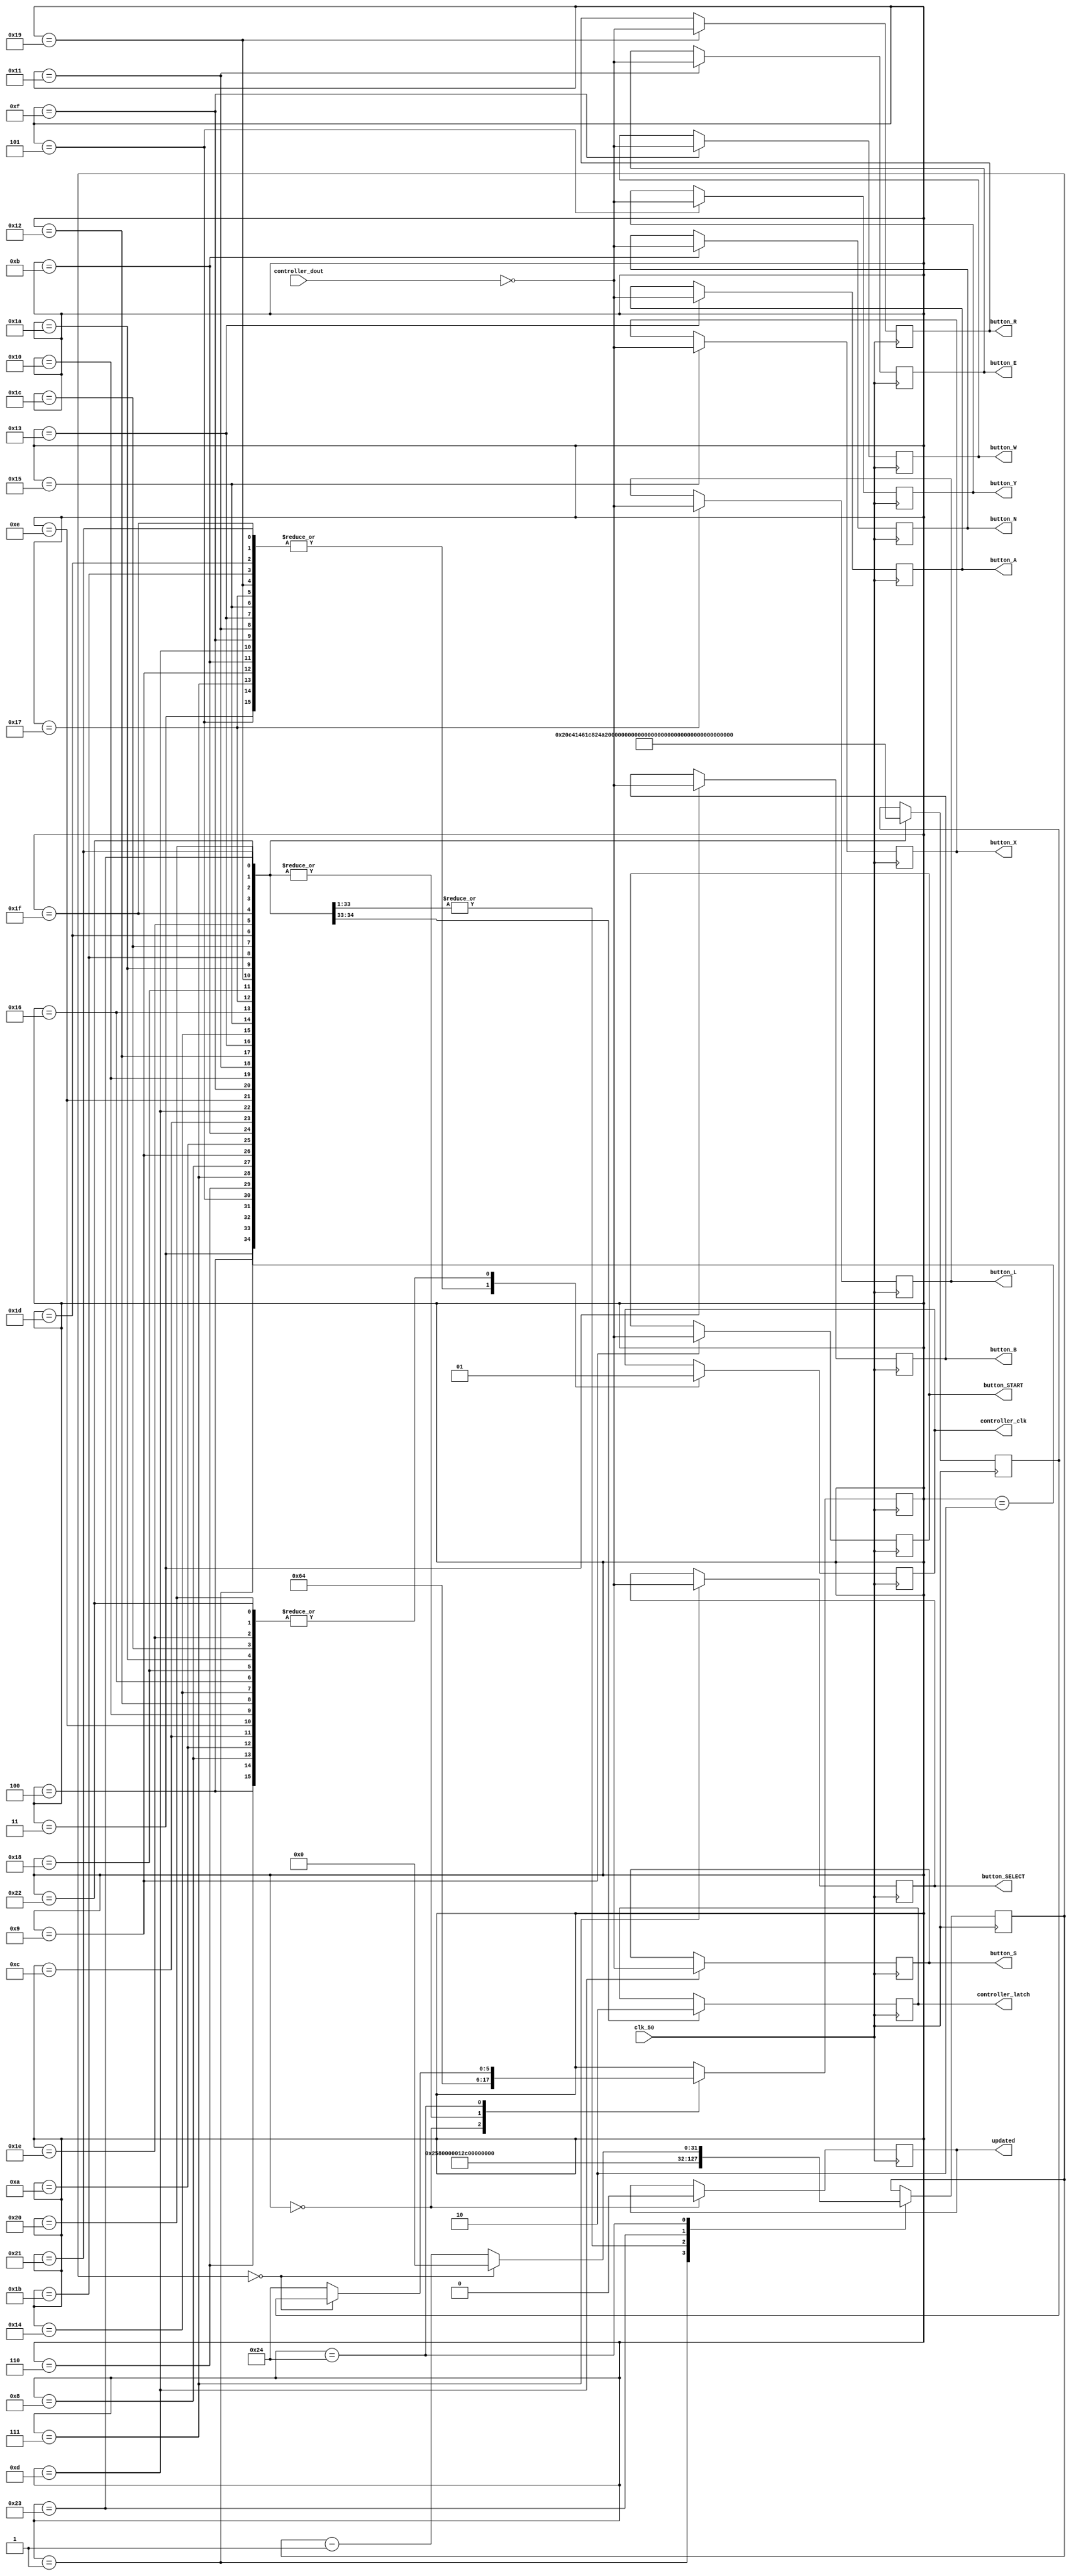
`timescale 1ns / 1ps
//////////////////////////////////////////////////////////////////////////////////
// Company: 
// Engineer: 
// 
// Design Name: 
// Module Name:    nes_interface 
// Project Name: 
// Target Devices: 
// Tool versions: 
// Description: 
//
// Dependencies: 
//
// Revision: 
// Revision 0.01 - File Created
// Additional Comments: 
//
//////////////////////////////////////////////////////////////////////////////////
module nes_interface(
	input wire clk_50, 
	input wire controller_dout,
	output reg controller_clk,
	output reg controller_latch,
	output reg updated,
	output reg button_A,
	output reg button_B,
	output reg button_X,
	output reg button_Y,
	output reg button_L,
	output reg button_R,
	output reg button_N,
	output reg button_E,
	output reg button_S,
	output reg button_W,
	output reg button_START,
	output reg button_SELECT
    );
	 
	 
	 parameter timer_state = 36; 
	 parameter clk_period = 300;
	 parameter update_delay = 30000;
	 reg [31:0] counter = 0;
	 reg [5:0] FSM_state_return = 0;
	 reg [5:0] FSM_state = 0;
	 
	 
	 //sample data on falling clock edge
	 always@(posedge clk_50)
	 begin
	 case(FSM_state) 
	 
	 0: begin //start state
	 FSM_state <= 1;
	 updated <= 0;
	 end
	 
	 1: begin //set latch and set timer
	 FSM_state <= timer_state;
	 FSM_state_return <= 2;
	 controller_latch <= 1;
	 counter <= 2*clk_period; //12us
	 end
	 
	 
	 2: begin //latch goes low
	 FSM_state <= timer_state;
	 FSM_state_return <= 3;
	 controller_latch <= 0;
	 counter <= clk_period; 
	 end
	 
	 3: begin //latch B and clk go low
	 FSM_state <= timer_state;
	 FSM_state_return <= 4; 
	 controller_clk <= 0;
	 button_B <= ~controller_dout;
	 counter <= clk_period;
	 end
	 
	 4: begin //clock go high
	 FSM_state <= timer_state;
	 FSM_state_return <= 5;
	 controller_clk <= 1; 
	 counter <= clk_period;
	 end
	 
	 5: begin //latch Y, clk go low
	 FSM_state <= timer_state;
	 FSM_state_return <= 6;
	 controller_clk <= 0;
	 button_Y <= ~controller_dout;
	 counter <= clk_period;
	 end
	 
	 6: begin //clock go high 
	 FSM_state <= timer_state;
	 FSM_state_return <= 7;
	 controller_clk <= 1;
	 counter <= clk_period;
	 end
	 
	 7: begin //latch SELECT, clk go low
	 FSM_state <= timer_state;
	 FSM_state_return <= 8;
	 controller_clk <= 0;
	 button_SELECT <= ~controller_dout;
	 counter <= clk_period;
	 end
	 
	 8: begin //clock go high 
	 FSM_state <= timer_state;
	 FSM_state_return <= 9;
	 controller_clk <= 1;
	 counter <= clk_period;
	 end
	 
	 9: begin //latch START, clk go low
	 FSM_state <= timer_state;
	 FSM_state_return <= 10;
	 controller_clk <= 0;
	 button_START <= ~controller_dout;
	 counter <= clk_period;
	 end
	 
	 10: begin //clock go high 
	 FSM_state <= timer_state;
	 FSM_state_return <= 11;
	 controller_clk <= 1;
	 counter <= clk_period;
	 end
	 
	 11: begin //latch N, clk go low
	 FSM_state <= timer_state;
	 FSM_state_return <= 12;
	 controller_clk <= 0;
	 button_N <= ~controller_dout;
	 counter <= clk_period;
	 end
	 
	 12: begin //clock go high 
	 FSM_state <= timer_state;
	 FSM_state_return <= 13;
	 controller_clk <= 1;
	 counter <= clk_period;
	 end
	 
	 13: begin //latch S, clk go low
	 FSM_state <= timer_state;
	 FSM_state_return <= 14;
	 controller_clk <= 0;
	 button_S <= ~controller_dout;
	 counter <= clk_period;
	 end
	 
	 14: begin //clock go high 
	 FSM_state <= timer_state;
	 FSM_state_return <= 15;
	 controller_clk <= 1;
	 counter <= clk_period;
	 end
	 
	 15: begin //latch W, clk go low
	 FSM_state <= timer_state;
	 FSM_state_return <= 16;
	 controller_clk <= 0;
	 button_W <= ~controller_dout;
	 counter <= clk_period;
	 end
	 
	 16: begin //clock go high 
	 FSM_state <= timer_state;
	 FSM_state_return <= 17;
	 controller_clk <= 1;
	 counter <= clk_period;
	 end
	 
	 17: begin //latch E, clk go low
	 FSM_state <= timer_state;
	 FSM_state_return <= 18;
	 controller_clk <= 0;
	 button_E <= ~controller_dout;
	 counter <= clk_period;
	 end
	 
	 18: begin //clock go high 
	 FSM_state <= timer_state;
	 FSM_state_return <= 19;
	 controller_clk <= 1;
	 counter <= clk_period;
	 end
	 
	 19: begin //latch A, clk go low
	 FSM_state <= timer_state;
	 FSM_state_return <= 20;
	 controller_clk <= 0;
	 button_A <= ~controller_dout;
	 counter <= clk_period;
	 end
	 
	 20: begin //clock go high 
	 FSM_state <= timer_state;
	 FSM_state_return <= 21;
	 controller_clk <= 1;
	 counter <= clk_period;
	 end
	 
	 21: begin //latch X, clk go low
	 FSM_state <= timer_state;
	 FSM_state_return <= 22;
	 controller_clk <= 0;
	 button_X <= ~controller_dout;
	 counter <= clk_period;
	 end
	 
	 22: begin //clock go high 
	 FSM_state <= timer_state;
	 FSM_state_return <= 23;
	 controller_clk <= 1;
	 counter <= clk_period;
	 end
	 
	 23: begin //latch L, clk go low
	 FSM_state <= timer_state;
	 FSM_state_return <= 24;
	 controller_clk <= 0;
	 button_L <= ~controller_dout;
	 counter <= clk_period;
	 end
	 
	 24: begin //clock go high 
	 FSM_state <= timer_state;
	 FSM_state_return <= 25;
	 controller_clk <= 1;
	 counter <= clk_period;
	 end
	 
	 25: begin //latch R, clk go low
	 FSM_state <= timer_state;
	 FSM_state_return <= 26;
	 controller_clk <= 0;
	 button_R <= ~controller_dout;
	 counter <= clk_period;
	 end
	 
	 26: begin //clock go high 
	 FSM_state <= timer_state;
	 FSM_state_return <= 27;
	 controller_clk <= 1;
	 counter <= clk_period;
	 end
	 
	 27: begin //clock go low //empty 1
	 FSM_state <= timer_state;
	 FSM_state_return <= 28;
	 controller_clk <= 0;
	 counter <= clk_period;
	 end
	 
	 28: begin //clock go high 
	 FSM_state <= timer_state;
	 FSM_state_return <= 29;
	 controller_clk <= 1;
	 counter <= clk_period;
	 end
	 
	 29: begin //clock go low //empty 2
	 FSM_state <= timer_state;
	 FSM_state_return <= 30;
	 controller_clk <= 0;
	 counter <= clk_period;
	 end
	 
	 30: begin //clock go high 
	 FSM_state <= timer_state;
	 FSM_state_return <= 31;
	 controller_clk <= 1;
	 counter <= clk_period;
	 end
	 
	 31: begin //clock go low //empty 3
	 FSM_state <= timer_state;
	 FSM_state_return <= 32;
	 controller_clk <= 0;
	 counter <= clk_period;
	 end
	 
	 32: begin //clock go high 
	 FSM_state <= timer_state;
	 FSM_state_return <= 33;
	 controller_clk <= 1;
	 counter <= clk_period;
	 end
	 
	 33: begin //clock go low //empty 4
	 FSM_state <= timer_state;
	 FSM_state_return <= 34;
	 controller_clk <= 0;
	 counter <= clk_period;
	 end
	 
	 34: begin //clock go high 
	 FSM_state <= timer_state;
	 FSM_state_return <= 35;
	 controller_clk <= 1;
	 counter <= clk_period;
	 end
	 
	 35: begin //wait for next update interval
	 FSM_state <= timer_state;
	 FSM_state_return <= 0;
	 counter <= update_delay; 
	 end 
	 
	 timer_state: begin //count down and return to stored state
	 FSM_state <= (counter == 0) ? FSM_state_return : timer_state;
	 counter <= (counter == 0) ? 0 : counter - 1; 
	 end
	 endcase 
	 end
	 


endmodule